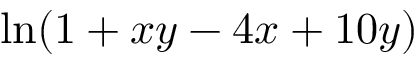
\ln ( 1 + x y - 4 x + 1 0 y )